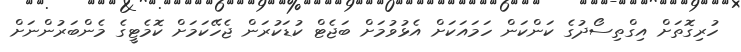
ހުރިގޮތަށް އިގްތިސޯދުގެ ކަންކަން ހަމައަކަށް އެޅުވުމަށް ބަޖެޓް ކުޑަކުރަން ޖެހޭކަމަށް ކޮމެޓީގެ މެންބަރުންނަށް